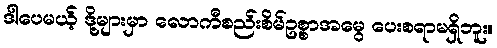
ဒါပေမယ့် ဒို့များမှာ လောကီစည်းစိမ်ဥစ္စာအမွေ ပေးစရာမရှိဘူး။